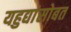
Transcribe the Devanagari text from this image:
यहुद्यांसोबत